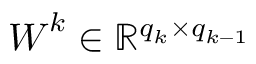
\boldsymbol W ^ { k } \in \mathbb R ^ { q _ { k } \times q _ { k - 1 } }